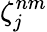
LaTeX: \zeta_{j}^{nm}